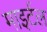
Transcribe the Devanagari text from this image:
माइर्टल